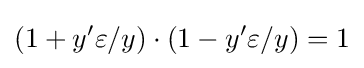
(1+y'\varepsilon /y)\cdot (1-y'\varepsilon /y)=1